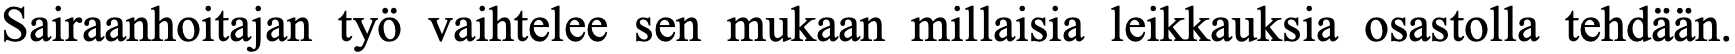
Sairaanhoitajan työ vaihtelee sen mukaan millaisia leikkauksia osastolla tehdään.